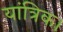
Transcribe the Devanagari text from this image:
यांत्रिक।